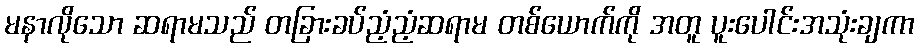
မနာလိုသော ဆရာမသည် တခြားခပ်ညံ့ညံ့ဆရာမ တစ်ယောက်ကို အတူ ပူးပေါင်းအသုံးချကာ